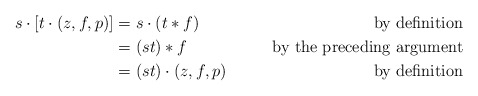
\begin{align*} s \cdot [t \cdot (z,f,p)] &= s \cdot (t*f) \ \ \ \ &\textrm{by definition} \\ &= (st) * f &\textrm{by the preceding argument} \\ &= (st) \cdot (z,f,p) &\textrm{by definition}\end{align*}